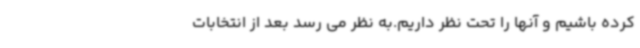
کرده باشیم و آنها را تحت نظر داریم.به نظر می رسد بعد از انتخابات